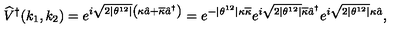
\widehat { V } ^ { \dagger } ( k _ { 1 } , k _ { 2 } ) = e ^ { i \sqrt { 2 | \theta ^ { 1 2 } | } \left( \kappa \hat { a } + \overline { { \kappa } } \hat { a } ^ { \dagger } \right) } = e ^ { - | \theta ^ { 1 2 } | \kappa \overline { { \kappa } } } e ^ { i \sqrt { 2 | \theta ^ { 1 2 } | } \overline { { \kappa } } \hat { a } ^ { \dagger } } e ^ { i \sqrt { 2 | \theta ^ { 1 2 } | } \kappa \hat { a } } ,